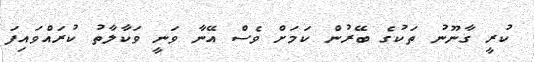
ކުރީ ގާނޫނު ތަކުގެ ބޭރުން ކަމަށް ވެސް އޭނާ ވަނީ ވަކާލާތު ކުރައްވައިފަ